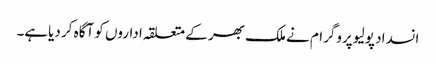
انسداد پولیو پروگرام نے ملک بھر کے متعلقہ اداروں کو آگاہ کر دیاہے۔